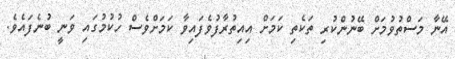
އޭނާ މަސްތުވުމަށް ބޭނުންކުރި ތަކެތި ކަމަށް އިއިތުރާފުވެފައިވާ ކަމަށްވެސް ހުކުމުގައި ވަނީ ބުނެފައެވެ.